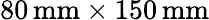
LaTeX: \mathrm{80\, mm\times 150\, mm}